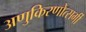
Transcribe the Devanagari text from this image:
अणुकिरणोत्सर्गी